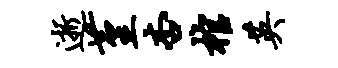
逝堇杏棺英